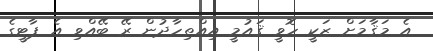
އެ މަޤާމަށް ޒަކީ ހޮވީ ޤައުމީ އިއްތިހާދުން ރޭ ބޭއްވި އެ ޕާޓީގެ